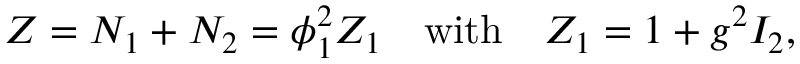
Z = N _ { 1 } + N _ { 2 } = \phi _ { 1 } ^ { 2 } Z _ { 1 } \quad \mathrm { w i t h } \quad Z _ { 1 } = 1 + g ^ { 2 } I _ { 2 } ,